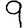
Digit: 9